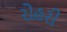
રોહરી